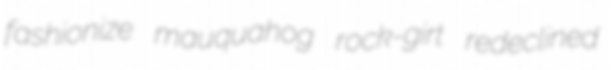
fashionize mauquahog rock-girt redeclined